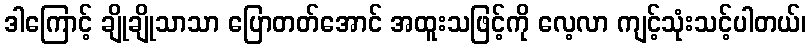
ဒါကြောင့် ချိုချိုသာသာ ပြောတတ်အောင် အထူးသဖြင့်ကို လေ့လာ ကျင့်သုံးသင့်ပါတယ်၊